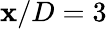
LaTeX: \mathbf{x}/D=3